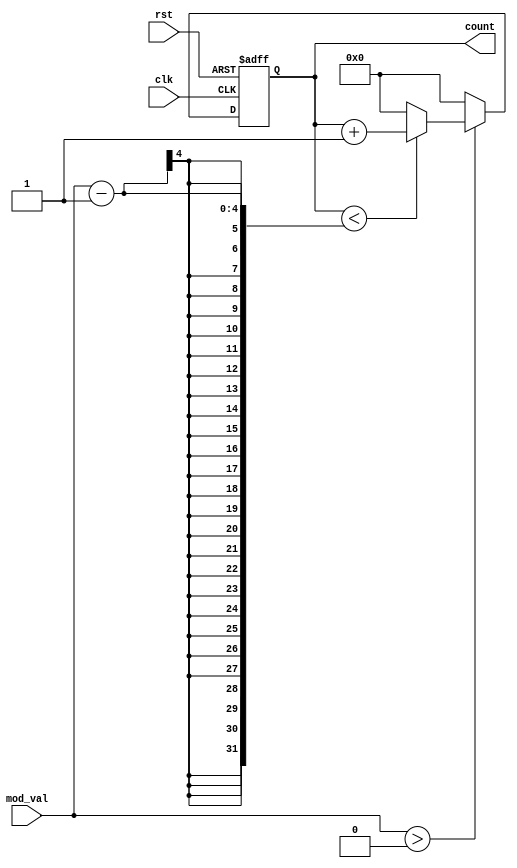
module modulus_counter (
    input wire clk,              // Clock input
    input wire rst,              // Asynchronous reset input
    input wire [3:0] mod_val,    // Modulus value (4-bit for values up to 15)
    output reg [3:0] count       // 4-bit count output
);

// Always block triggered on the rising edge of the clock or reset
always @(posedge clk or posedge rst) begin
    if (rst) begin
        count <= 4'b0000;        // Reset count to 0 on reset signal
    end else begin
        if (mod_val > 0) begin
            if (count < (mod_val - 1)) begin
                count <= count + 1; // Increment count if less than mod_val - 1
            end else begin
                count <= 4'b0000;    // Reset count to 0 when reaching mod_val
            end
        end else begin
            count <= 4'b0000;        // If mod_val is 0 or 1, count remains 0
        end
    end
end

endmodule